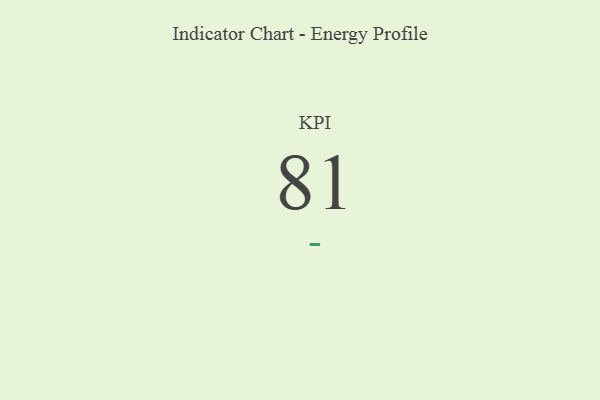
{"axis": {"x": "KPI", "y": "Value"}, "legend": [""], "data": [{"x": "KPI", "y": 81, "type": ""}]}